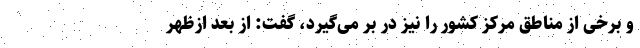
و برخی از مناطق مرکز کشور را نیز در بر می‌گیرد، گفت: از بعد ازظهر